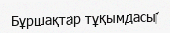
Бұршақтар тұқымдасы‎